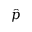
\hat { p }